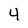
Character: 4